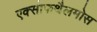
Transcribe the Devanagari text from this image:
एक्सोफथैलमोस